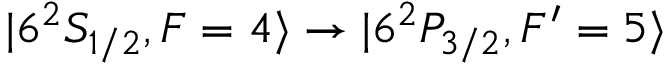
\vert 6 ^ { 2 } S _ { 1 / 2 } , F = 4 \rangle \rightarrow \vert 6 ^ { 2 } P _ { 3 / 2 } , F ^ { \prime } = 5 \rangle